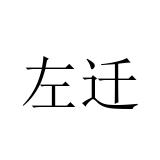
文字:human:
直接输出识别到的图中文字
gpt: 左迁